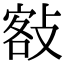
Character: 𢾏